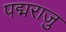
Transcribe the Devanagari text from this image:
पद्मराजु